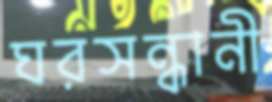
ঘরসন্ধানী